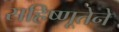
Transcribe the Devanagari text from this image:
सहिष्णूतेने